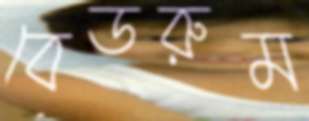
বেডরুম